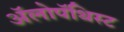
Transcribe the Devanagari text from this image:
अॅलोपॅथिस्ट